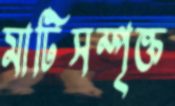
মাটিসম্পৃক্ত